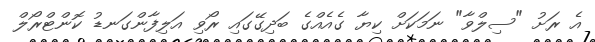
އެ ރަށު "ސިލްވާ" ނަމަކަށް ކިޔާ ގެއެއްގެ ބަދިގޭގައި ރޯވި އަލިފާންގަނޑު ކޮންޓްރޯލް